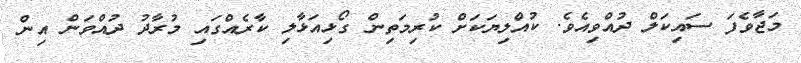
މަޖާވެފަ ސައިކަލް ދުއްވިއެވެ. ކުއްލިޔަކަށް ކުރިމަތިން ގޯޅިއަޅާލި ކާރެއްގައި މުރާދު ދުއްވަން އިން